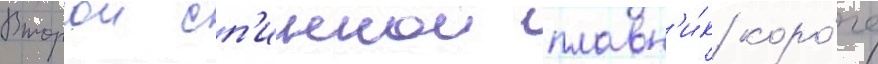
Второи сп'иннои плавн'и́к коро́че